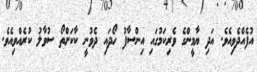
އުފެއްދެވިއެވެ. އަދި ޔާމީންގެ ވެރިކަމުގައި އިންސާފު ހޯދައި ދެވުނީ ކާކަށްތޯ ސުވާލު ކުރެއްވިއެވެ.